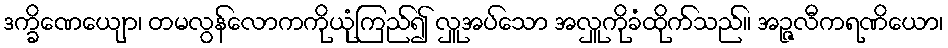
ဒက္ခိဏေယျော၊ တမလွန်လောကကိုယုံကြည်၍ လှူအပ်သော အလှူကိုခံထိုက်သည်။ အဉ္ဇလီကရဏိယော၊